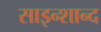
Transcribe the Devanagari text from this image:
साइन्शान्द